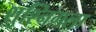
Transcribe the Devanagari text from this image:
शुश्निगला